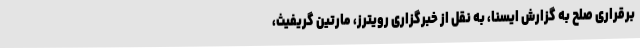
برقراری صلح به گزارش ایسنا، به نقل از خبرگزاری رویترز، مارتین گریفیث،